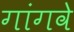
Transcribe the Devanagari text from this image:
गांगवे